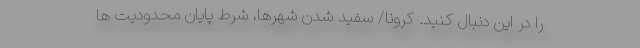
را در این دنبال کنید. کرونا/ سفید شدن شهرها، شرط پایان محدودیت ها